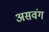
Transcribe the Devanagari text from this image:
असवंग